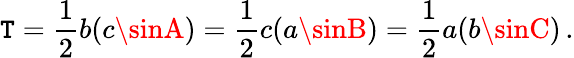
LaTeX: \mathtt{T}={\frac{{1}}{{2}}}b(c\sinA)={\frac{{1}}{{2}}}c(a\sinB)={\frac{{1}}{{2}}}a(b\sinC)\, .